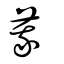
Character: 莪